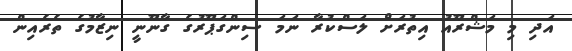
އަދި މި މަޝްރޫއު އިތުރަށް ލަސްކުރާ ނަމަ ސިންގަޕޫރުގެ ގާނޫނީ ނިޒާމުގެ ތެރެއިން